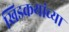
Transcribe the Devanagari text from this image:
खिडकयांच्या